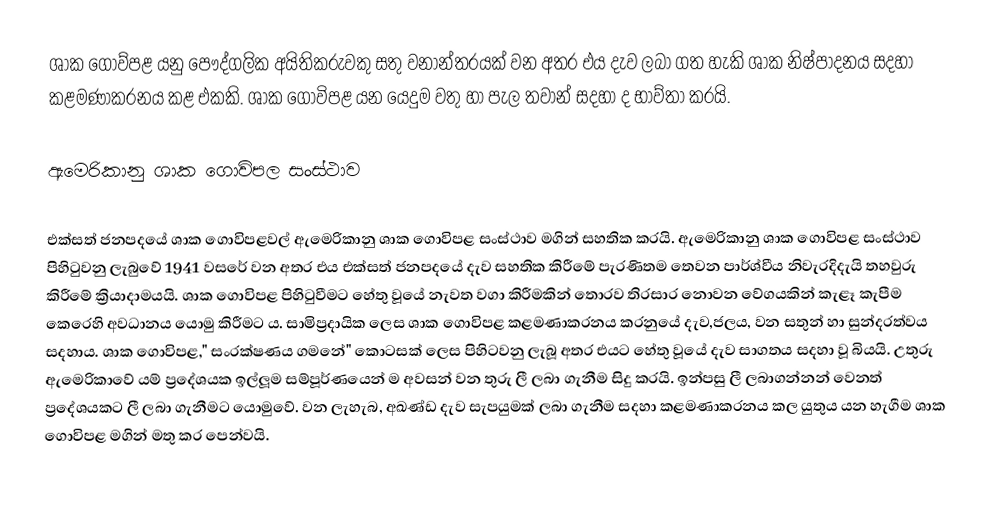
ශාක ගොව්පළ යනු පෞද්ගලික අයිතිකරුවකු සතු වනාන්තරයක් වන අතර එය දැව ලබා ගත හැකි ශාක නිෂ්පාදනය සදහා කළමණාකරනය කළ එකකි. ශාක ගොවිපළ යන යෙදුම වතු හා පැල තවාන් සදහා ද භාව්තා කරයි.

ඇමෙරිකානු ශාක ගොවිපල සංස්ථාව

එක්සත් ජනපදයේ ශාක ගොවිපළවල් ඇමෙරිකානු ශාක ගොවිපළ සංස්ථාව මගින් සහතික කරයි. ඇමෙරිකානු ශාක ගොවිපළ සංස්ථාව පිහිටුවනු ලැබුවේ 1941 වසරේ වන අතර එය එක්සත් ජනපදයේ දැව සහතික කිරීමේ පැරණිතම තෙවන පාර්ශ්වීය නිවැරදිදැයි තහවුරු කිරීමේ ක්‍රියාදාමයයි. ශාක ගොවිපළ පිහිටුවීමට හේතු වූයේ නැවත වගා කිරීමකින් තොරව තිරසාර නොවන වේගයකින් කැළෑ කැපීම කෙරෙහි අවධානය යොමු කිරීමට ය. සාමිප්‍රදායික ලෙස ශාක ගොවිපළ කළමණාකරනය කරනුයේ දැව,ජලය, වන සතුන් හා සුන්දරත්වය සදහාය. ශාක ගොවිපළ," සංරක්ෂණය ගමනේ" කොටසක් ලෙස පිහිටවනු ලැබූ අතර එයට හේතු වූයේ දැව සාගතය සදහා වූ බියයි. උතුරු ඇමෙරිකාවේ යම් ප්‍රදේශයක ඉල්ලූම සම්පූර්ණයෙන් ම අවසන් වන තුරු ලී ලබා ගැනීම සිදු කරයි. ඉන්පසු ලී ලබාගන්නන් වෙනත් ප්‍රදේශයකට ලී ලබා ගැනීමට යොමුවේ. වන ලැහැබ, අඛණ්ඩ දැව සැපයුමක් ලබා ගැනීම සදහා කළමණාකරනය කල යුතුය යන හැගීම ශාක ගොවිපළ මගින් මතු කර පෙන්වයි.